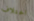
اختلاف